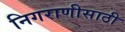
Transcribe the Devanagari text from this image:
निगराणीसाठी